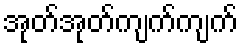
အုတ်အုတ်ကျက်ကျက်